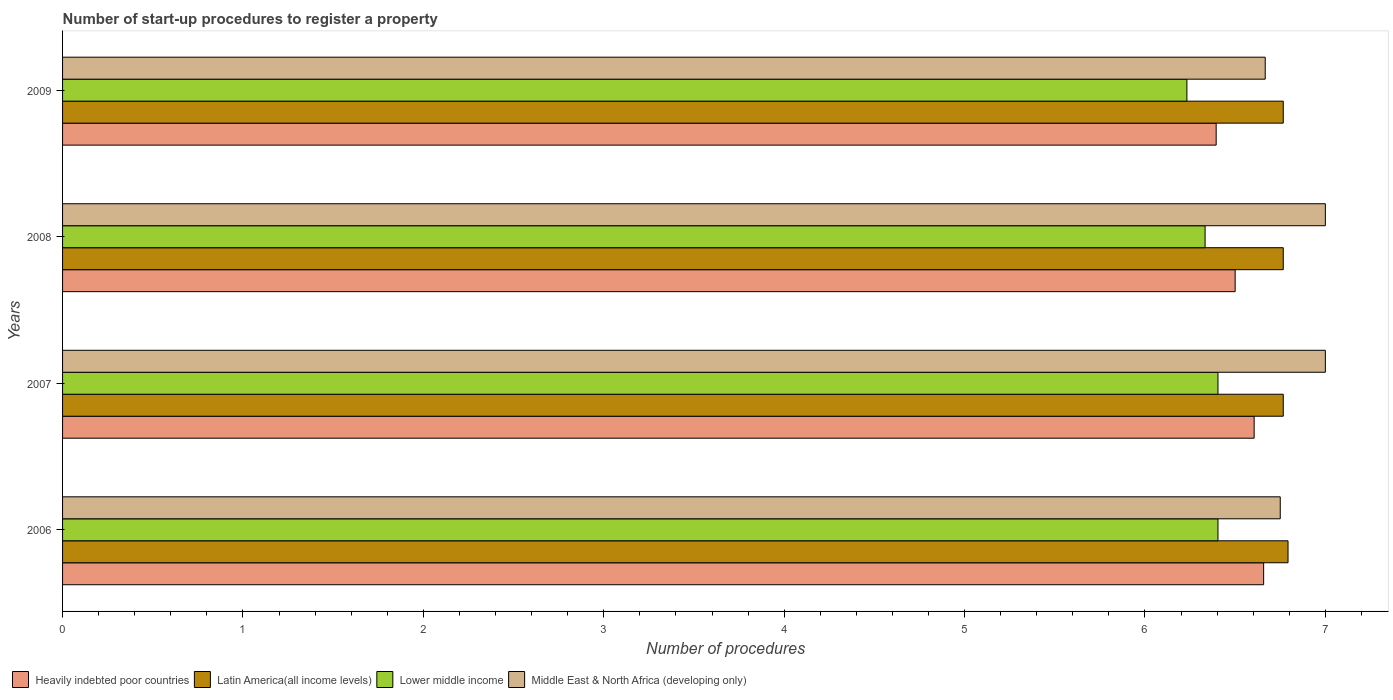
| Years | Heavily indebted poor countries | Latin America(all income levels) | Lower middle income | Middle East & North Africa (developing only) |
 | --- | --- | --- | --- | --- |
 | 2006 | 6.66 | 6.79 | 6.4 | 6.75 |
 | 2007 | 6.61 | 6.77 | 6.4 | 7 |
 | 2008 | 6.5 | 6.77 | 6.33 | 7 |
 | 2009 | 6.39 | 6.77 | 6.23 | 6.67 |